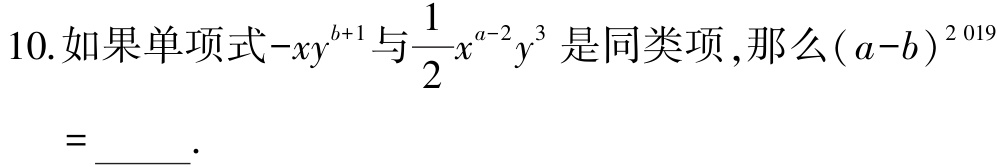
10.如果单项式\(-xy^{b + 1}\)与\(\frac{1}{2}x^{a - 2}y^{3}\)是同类项，那么\((a - b)^{2019}\)
=______.